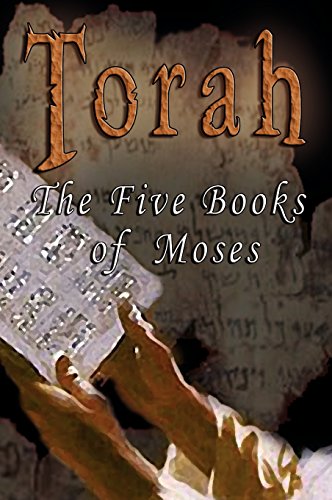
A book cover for Torah: The Five Books of Moses - The Parallel Bible: Hebrew / English (Hebrew Edition); Teen & Young Adult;